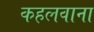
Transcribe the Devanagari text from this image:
कहलवाना